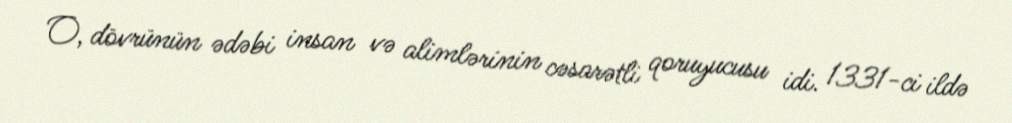
O, dövrünün ədəbi insan və alimlərinin cəsarətli qoruyucusu idi. 1331-ci ildə